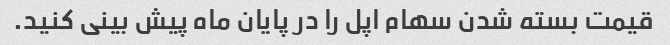
قیمت بسته شدن سهام اپل را در پایان ماه پیش بینی کنید.